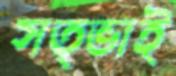
সত্ভাই